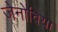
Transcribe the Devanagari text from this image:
जेनोविया